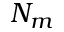
N _ { m }